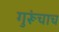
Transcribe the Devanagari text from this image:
गुरूंचाच